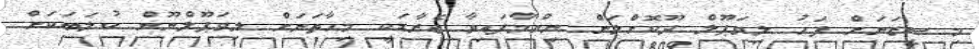
މި ސީޒަނަށް ފަހު ލިވަޕޫލް ދޫކޮށްލަން ނިންމާފައިވާ ޖެރާޑަކީ މިހާތަނަށް ލިވަޕޫލްނޫން ކުލަބަކަށް